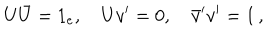
LaTeX: U \bar { U } = 1 _ { e } , \quad U v ^ { \prime } = 0 , \quad \bar { v } ^ { \prime } v ^ { \prime } = 1 \, ,